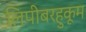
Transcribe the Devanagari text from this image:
लिपीबरहुकूम